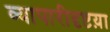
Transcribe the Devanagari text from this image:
व्यापारीदृष्टय़ा